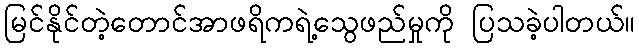
မြင်နိုင်တဲ့တောင်အာဖရိကရဲ့သွေဖည်မှုကို ပြသခဲ့ပါတယ်။